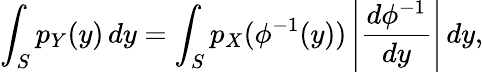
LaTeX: \int_{S}p_{Y}(y)\, dy=\int_{S}p_{X}(\phi^{-1}(y))\left|{\frac{d\phi^{-1}}{dy}}\right|\, dy,